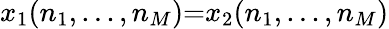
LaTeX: x_{1}(n_{1},...,n_{M}){=}x_{2}(n_{1},...,n_{M})